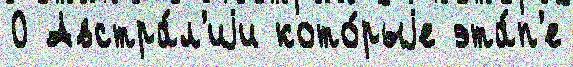
0 Австра́л'иjи кото́рыjе эта́п'е